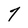
Character: 7